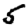
Digit: 5